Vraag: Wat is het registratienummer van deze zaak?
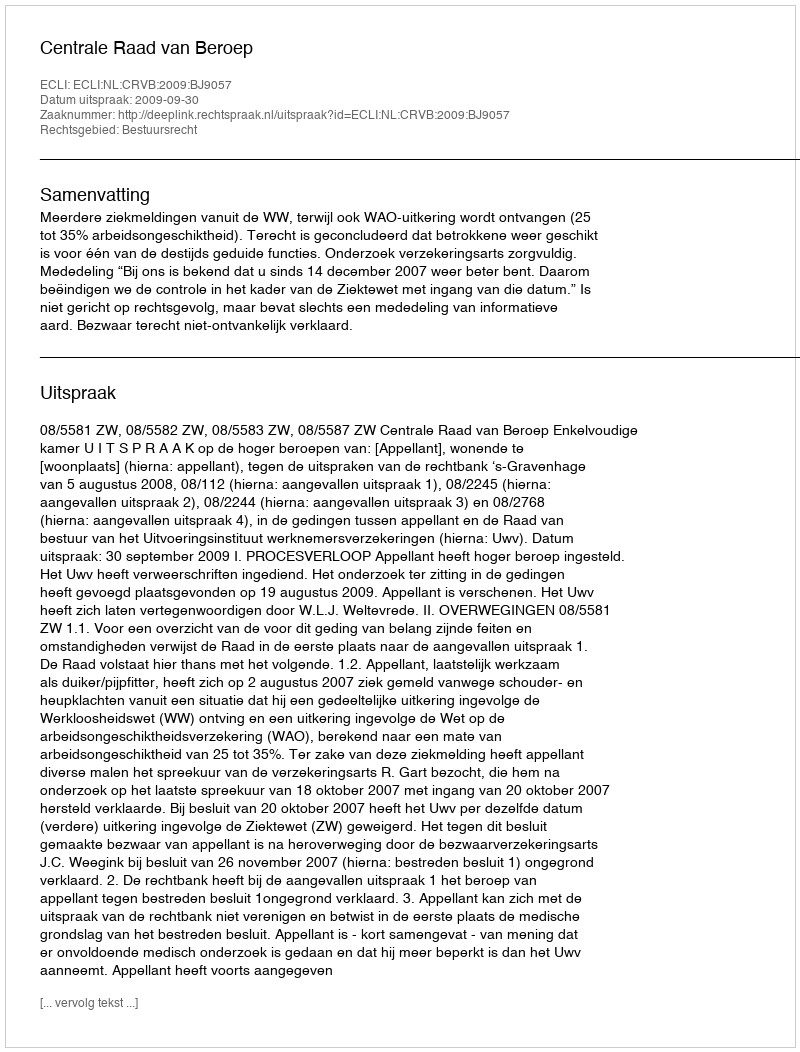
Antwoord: http://deeplink.rechtspraak.nl/uitspraak?id=ECLI:NL:CRVB:2009:BJ9057